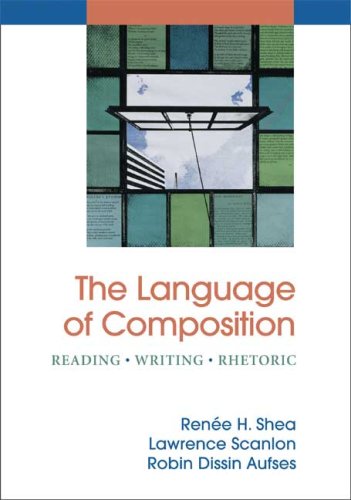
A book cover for The Language of Composition: Reading - Writing - Rhetoric; Renee H. Shea; Reference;